Annual statistical returns and brief notes on vaccination in Bengal - 1896-1909
Year: 1896
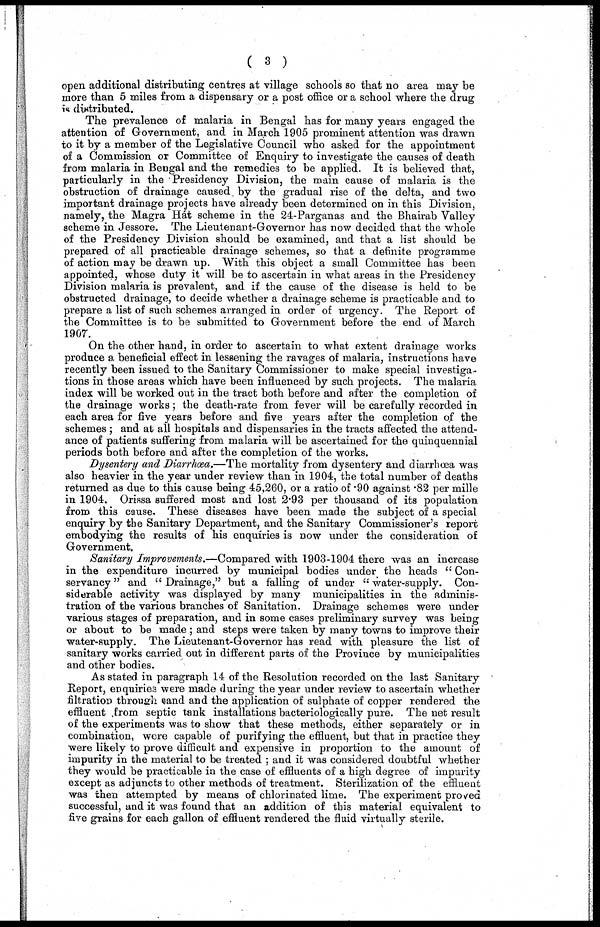
( 3 )
open additional distributing centres at village schools so that no area may be
more than 5 miles from a dispensary or a post office or a school where the drug
is distributed.
The prevalence of malaria in Bengal has for many years engaged the
attention of Government, and in March 1905 prominent attention was drawn
to it by a member of the Legislative Council who asked for the appointment
of a Commission or Committee of Enquiry to investigate the causes of death
from malaria in Bengal and the remedies to be applied. It is believed that,
particularly in the Presidency Division, the main cause of malaria is the
obstruction of drainage caused by the gradual rise of the delta, and two
important drainage projects have already been determined on in this Division,
namely, the Magra Hát scheme in the 24-Parganas and the Bhairab Valley
scheme in Jessore. The Lieutenant-Governor has now decided that the whole
of the Presidency Division should be examined, and that a list should be
prepared of all practicable drainage schemes, so that a definite programme
of action may be drawn up. With this object a small Committee has been
appointed, whose duty it will be to ascertain in what areas in the Presidency
Division malaria is prevalent, and if the cause of the disease is held to be
obstructed drainage, to decide whether a drainage scheme is practicable and to
prepare a list of such schemes arranged in order of urgency. The Report of
the Committee is to be submitted to Government before the end of March
1907.
On the other hand, in order to ascertain to what extent drainage works
produce a beneficial effect in lessening the ravages of malaria, instructions have
recently been issued to the Sanitary Commissioner to make special investiga-
tions in those areas which have been influenced by such projects. The malaria
index will be worked out in the tract both before and after the completion of
the drainage works; the death-rate from fever will be carefully recorded in
each area for five years before and five years after the completion of the
schemes ; and at all hospitals and dispensaries in the tracts affected the attend-
ance of patients suffering from malaria will be ascertained for the quinquennial
periods both before and after the completion of the works.
Dysentery and Diarrhœa.—The mortality from dysentery and diarrhœa was
also heavier in the year under review than in 1904, the total number of deaths
returned as due to this cause being 45,260, or a ratio of .90 against .82 per mille
in 1904. Orissa suffered most and lost 2.93 per thousand of its population
from this cause. These diseases have been made the subject of a special
enquiry by the Sanitary Department, and the Sanitary Commissioner's report
embodying the results of his enquiries is now under the consideration of
Government.
Sanitary Improvements.—Compared with 1903-1904 there was an increase
in the expenditure incurred by municipal bodies under the heads " Con-
servancy " and " Drainage," but a falling of under " water-supply. Con-
siderable activity was displayed by many municipalities in the adminis-
tration of the various branches of Sanitation. Drainage schemes were under
various stages of preparation, and in some cases preliminary survey was being
or about to be made ; and steps were taken by many towns to improve their
water-supply. The Lieutenant-Governor has read with pleasure the list of
sanitary works carried out in different parts of the Province by municipalities
and other bodies.
As stated in paragraph 14 of the Resolution recorded on the last Sanitary
Report, enquiries were made during the year under review to ascertain whether
filtration through sand and the application of sulphate of copper rendered the
effluent from septic tank installations bacteriologically pure. The net result
of the experiments was to show that these methods, either separately or in
combination, were capable of purifying the effluent, but that in practice they
were likely to prove difficult and expensive in proportion to the amount of
impurity in the material to be treated ; and it was considered doubtful whether
they would be practicable in the case of effluents of a high degree of impurity
except as adjuncts to other methods of treatment. Sterilization of the effluent
was then attempted by means of chlorinated lime. The experiment proved
successful, and it was found that an addition of this material equivalent to
five grains for each gallon of effluent rendered the fluid virtually sterile.